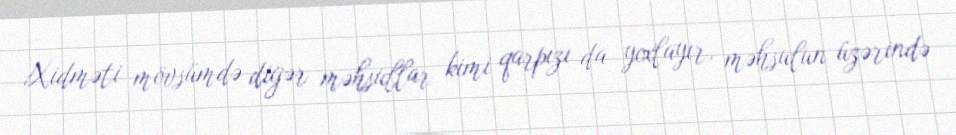
Xidməti mövsümdə digər məhsullar kimi qarpızı da yoxlayır, məhsulun üzərində